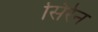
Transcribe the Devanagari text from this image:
सिर्रन